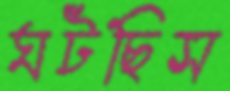
ঘটছিস